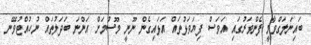
ބައިނަލަގްވާމީ ފެންވަރުގައި އަވަސް ފިޔަވަޅުތައް އަޅައިގެން ނޫނީ މޫސުމަށް އަންނަ ބަދަލުތައް ނުހުއްޓުވޭނެ